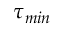
\tau _ { m i n }